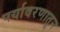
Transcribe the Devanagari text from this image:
पर्यावरणातून